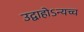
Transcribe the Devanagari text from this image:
उद्वाहोऽन्यच्च